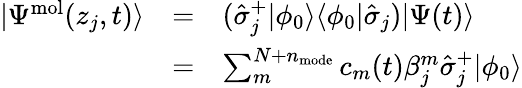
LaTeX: \begin{array}{ccl}{|\Psi^{\mathrm{mol}}(z_{j},t)\rangle}&{=}&{(\hat{\sigma}_{j}^{+}|\phi_{0}\rangle\langle\phi_{0}|\hat{\sigma}_{j})|\Psi(t)\rangle}\\ &{=}&{\sum_{m}^{N+n_{\mathrm{mode}}}c_{m}(t)\beta_{j}^{m}\hat{\sigma}_{j}^{+}|\phi_{0}\rangle}\end{array}